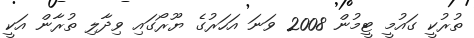
ތުރުކީ ގައުމީ ޓީމުން 2008 ވަނަ އަހަރުގެ ޔޫރޯގައި ވިދާލި ތުރާން އަކީ